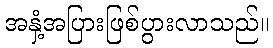
အနှံ့အပြားဖြစ်ပွားလာသည်။